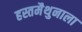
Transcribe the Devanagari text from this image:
हस्तमैथुनाला